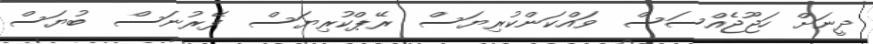
ދީނަށް ހަޖޫޖެއްސަސް  ވައްކަންކުރިޔަސް  ރޭޕްކުރިޔަސް  ފޭރުނަސް  ބުޔަސް